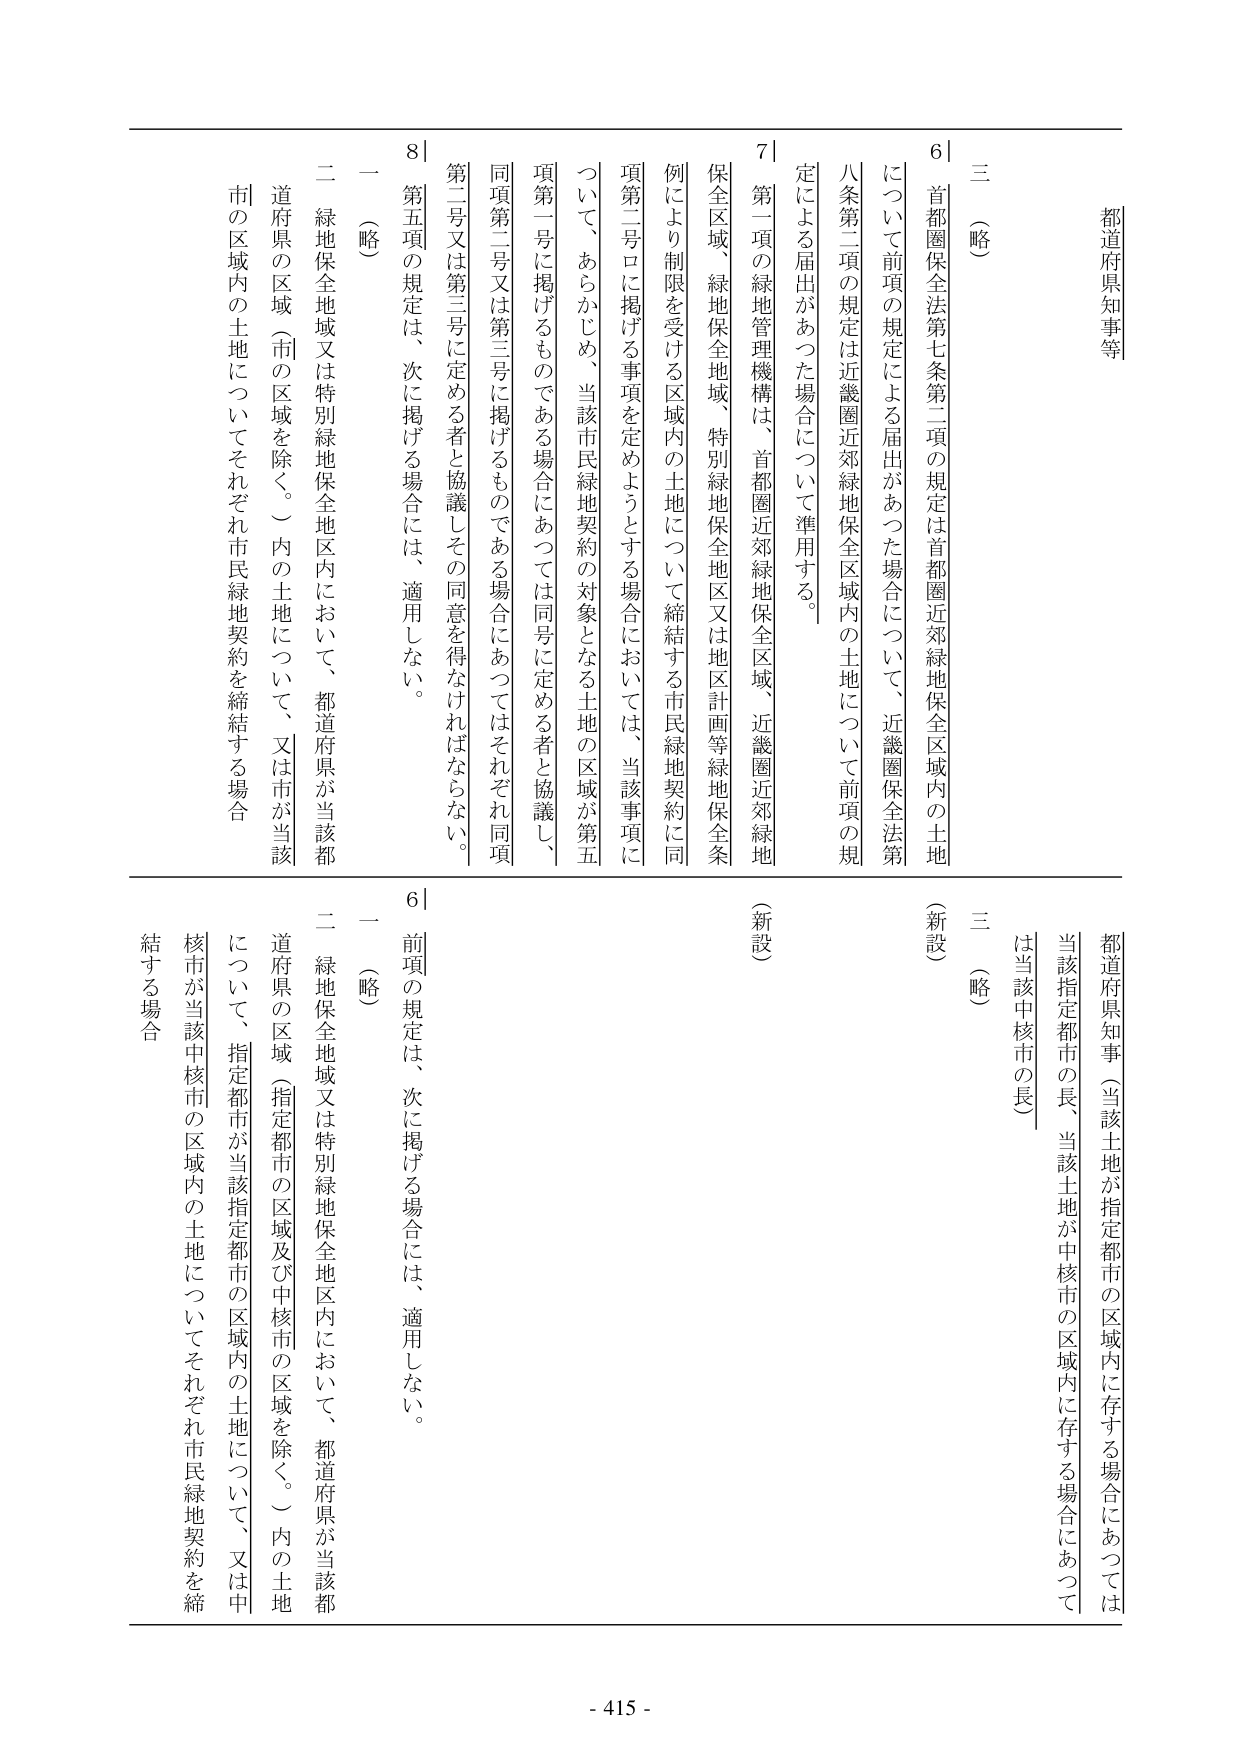
都道府県知事等

三（略）

6｜首都圏保全法第七条第二項の規定は首都圏近郊緑地保全区域内の土地
について前項の規定による届出があった場合について、近畿圏保全法第
八条第二項の規定は近畿圏近郊緑地保全区域内の土地について前項の規
定による届出があった場合について準用する。

7｜第一項の緑地管理機構は、首都圏近郊緑地保全区域、近畿圏近郊緑地
保全区域、緑地保全地域、特別緑地保全地区又は地区計画等緑地保全条
例により制限を受ける区域内の土地について締結する市民緑地契約に同
項第二号ロに掲げる事項を定めようとする場合においては、当該事項に
ついて、あらかじめ、当該市民緑地契約の対象となる土地の区域が第五
項第一号に掲げるものである場合にあっては同号に定める者と協議し、
同項第二号又は第三号に掲げるものである場合にあってはそれぞれ同項
第二号又は第三号に定める者と協議しその同意を得なければならない。

8｜第五項の規定は、次に掲げる場合には、適用しない。
一（略）
二 緑地保全地域又は特別緑地保全地区内において、都道府県が当該都
道府県の区域（市の区域を除く。）内の土地について、又は市が当該
市の区域内の土地についてそれぞれ市民緑地契約を締結する場合

都道府県知事（当該土地が指定都市の区域内に存する場合にあっては
当該指定都市の長、当該土地が中核市の区域内に存する場合にあっては
当該中核市の長）

三（略）

（新設）

6｜前項の規定は、次に掲げる場合には、適用しない。
一（略）
二 緑地保全地域又は特別緑地保全地区内において、都道府県が当該都
道府県の区域（指定都市の区域及び中核市の区域を除く。）内の土地
について、指定都市が当該指定都市の区域内の土地について、又は中
核市が当該中核市の区域内の土地についてそれぞれ市民緑地契約を締
結する場合

- 415 -